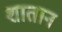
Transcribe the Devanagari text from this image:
शातान